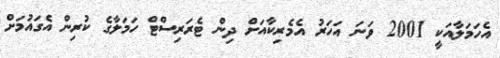
އެހަމަލާއަކީ 2001 ވަނަ އަހަރު އެމެރިކާއަށް ދިން ޓެރަރިސްޓް ހަމަލާގެ ކުރިން އެގައުމަށް